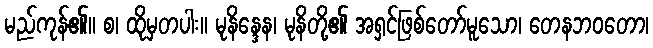
မည်ကုန်၏။ စ၊ ထိုမှတပါး။ မုနိန္ဒေန၊ မုနိတို့၏ အရှင်ဖြစ်တော်မူသော၊ တေနဘဝတော၊